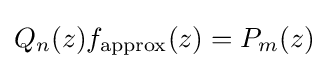
Q_{n}(z)f_{\mathrm {approx} }(z)=P_{m}(z)